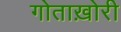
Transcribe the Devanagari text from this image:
गोताख़ोरी